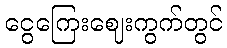
ငွေကြေးဈေးကွက်တွင်